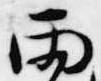
雨